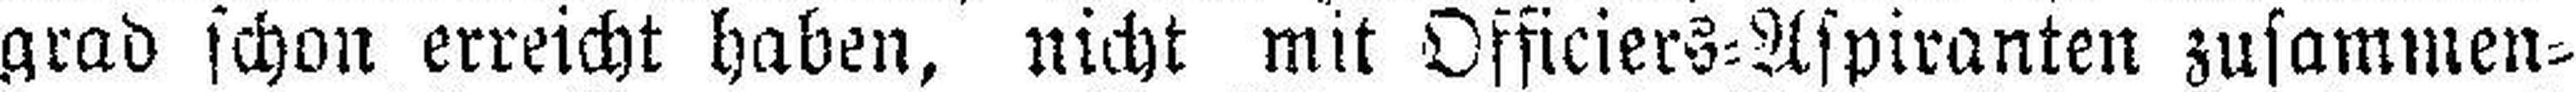
grad schon erreicht haben, nicht mit Officiers=Aspiranten zusammen¬